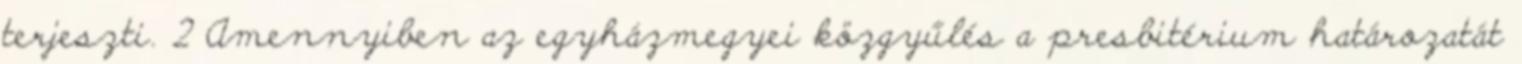
terjeszti. 2 Amennyiben az egyházmegyei közgyűlés a presbitérium határozatát